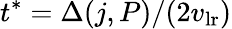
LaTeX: t^{*}=\Delta(j,P)/(2v_{\mathrm{lr}})